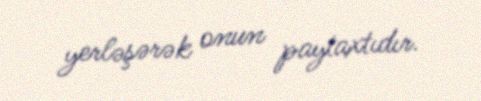
yerləşərək onun paytaxtıdır.